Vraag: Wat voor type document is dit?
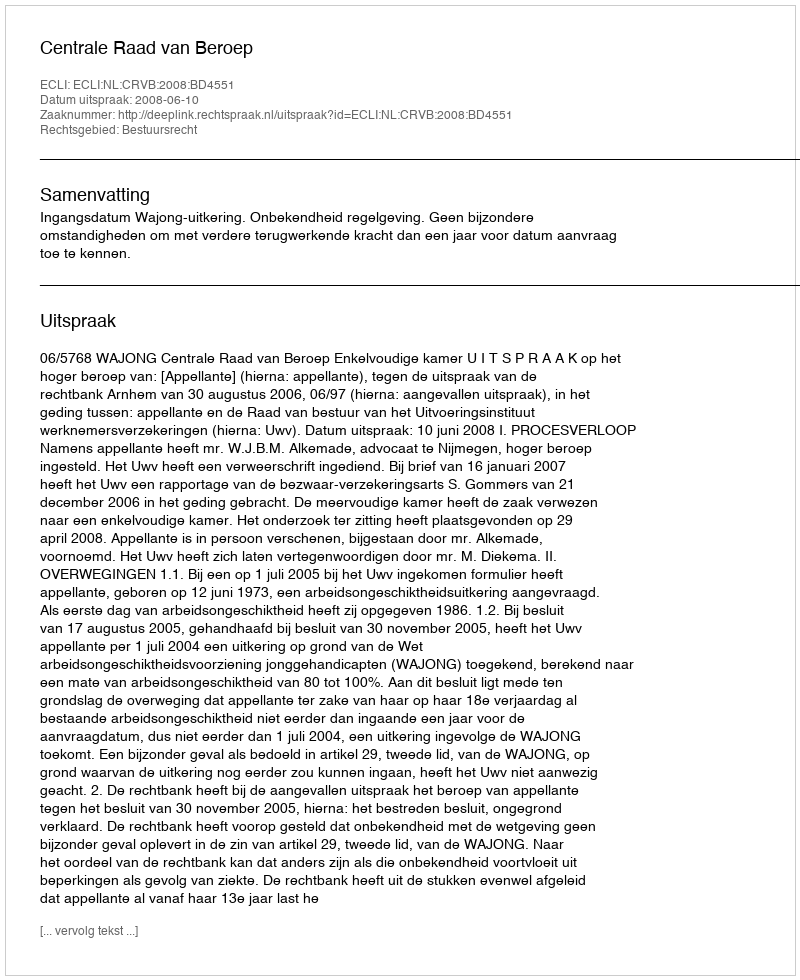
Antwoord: Uitspraak